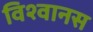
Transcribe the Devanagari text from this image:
विश्वानस